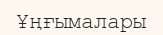
Ұңғымалары